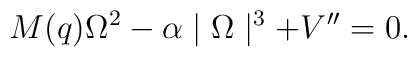
M(q)\Omega^2 - \alpha \mid \Omega \mid^3 + V'' =0.